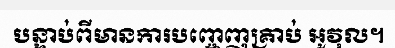
បន្ទាប់ពីមានការបញ្ចេញគ្រាប់ អូវុល។